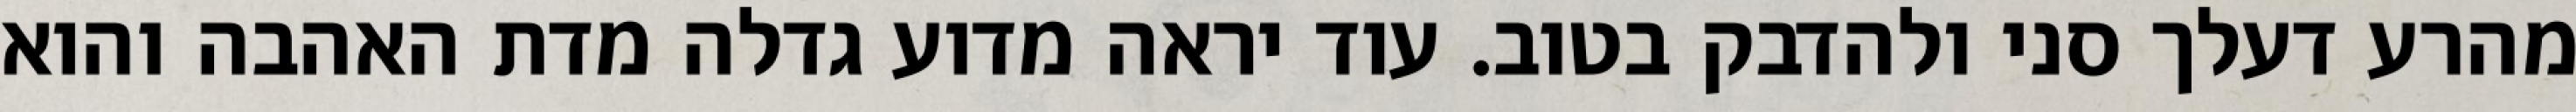
מהרע דעלך סני ולהדבק בטוב. עוד יראה מדוע גדלה מדת האהבה והוא